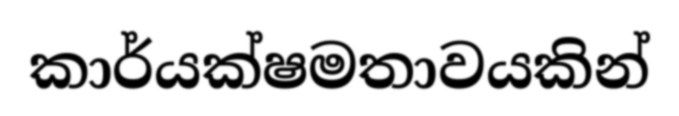
කාර්යක්ෂමතාවයකින්